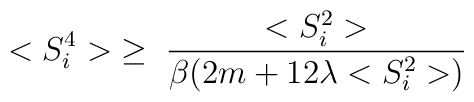
<S_i^4>\; \ge\; \frac{<S_i^2>}{\beta (2m + 12 \lambda <S_i^2>)}